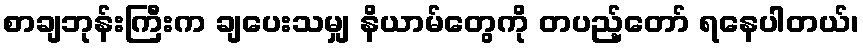
စာချဘုန်းကြီးက ချပေးသမျှ နိယာမ်တွေကို တပည့်တော် ရနေပါတယ်၊